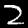
Label: 2